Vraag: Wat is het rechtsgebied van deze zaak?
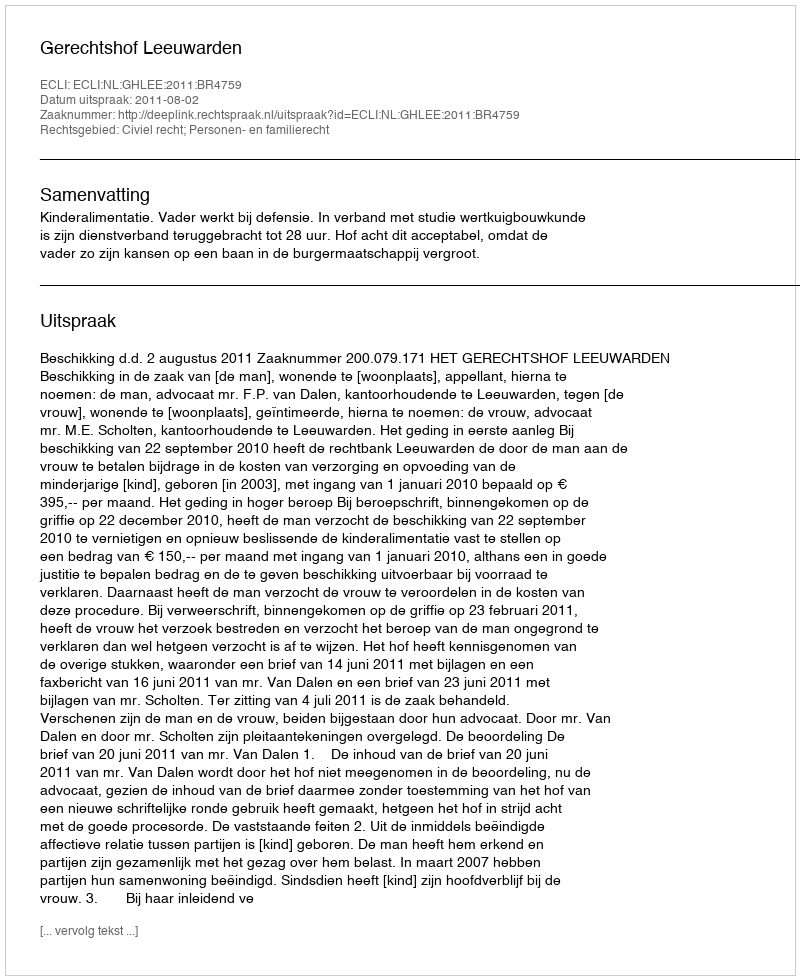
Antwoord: Civiel recht; Personen- en familierecht